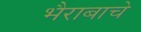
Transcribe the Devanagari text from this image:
भैराबाचे